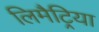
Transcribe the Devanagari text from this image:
लिमैट्रिया